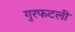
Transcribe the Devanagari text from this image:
गुरफटली